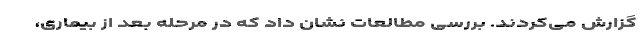
گزارش می‌کردند. بررسی مطالعات نشان داد که در مرحله بعد از بیماری،